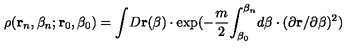
\rho ( { \bf r } _ { n } , \beta _ { n } ; { \bf r } _ { 0 } , \beta _ { 0 } ) = { \int } D { \bf r } ( \beta ) \cdot \exp ( - \frac m 2 { \int _ { \beta _ { 0 } } ^ { \beta _ { n } } } d \beta \cdot ( \partial { \bf r } / \partial \beta ) ^ { 2 } )